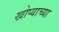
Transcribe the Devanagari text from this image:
खोप्याच्या